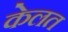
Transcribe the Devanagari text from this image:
केलत